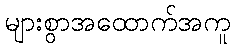
များစွာအထောက်အကူ